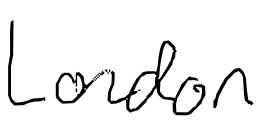
Text: London
Cross-out: clean
Writing tool: digital_black